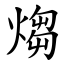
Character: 煼